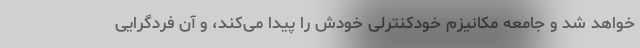
خواهد شد و جامعه مکانیزم خودکنترلی خودش را پیدا می‌کند، و آن فردگرایی